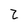
Character: 2